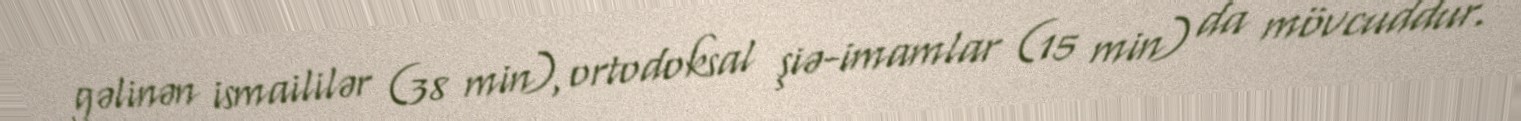
gəlinən ismaililər (38 min), ortodoksal şiə-imamlar (15 min) da mövcuddur.